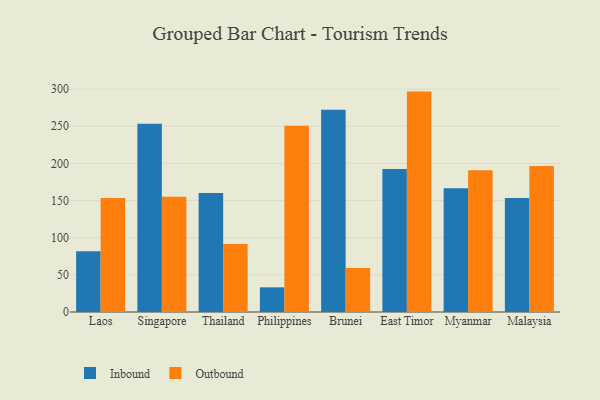
{"axis": {"x": "Country", "y": "Inventory Turnover"}, "legend": ["Inbound", "Outbound"], "data": [{"x": "Laos", "y": 81.8, "type": "Inbound"}, {"x": "Laos", "y": 153.4, "type": "Outbound"}, {"x": "Singapore", "y": 253.5, "type": "Inbound"}, {"x": "Singapore", "y": 155.0, "type": "Outbound"}, {"x": "Thailand", "y": 160.1, "type": "Inbound"}, {"x": "Thailand", "y": 91.4, "type": "Outbound"}, {"x": "Philippines", "y": 33.2, "type": "Inbound"}, {"x": "Philippines", "y": 250.6, "type": "Outbound"}, {"x": "Brunei", "y": 272.2, "type": "Inbound"}, {"x": "Brunei", "y": 59.3, "type": "Outbound"}, {"x": "East Timor", "y": 192.3, "type": "Inbound"}, {"x": "East Timor", "y": 296.6, "type": "Outbound"}, {"x": "Myanmar", "y": 166.4, "type": "Inbound"}, {"x": "Myanmar", "y": 190.6, "type": "Outbound"}, {"x": "Malaysia", "y": 153.3, "type": "Inbound"}, {"x": "Malaysia", "y": 196.5, "type": "Outbound"}]}